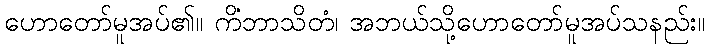
ဟောတော်မူအပ်၏။ ကိံဘာသိတံ၊ အဘယ်သို့ဟောတော်မူအပ်သနည်း။